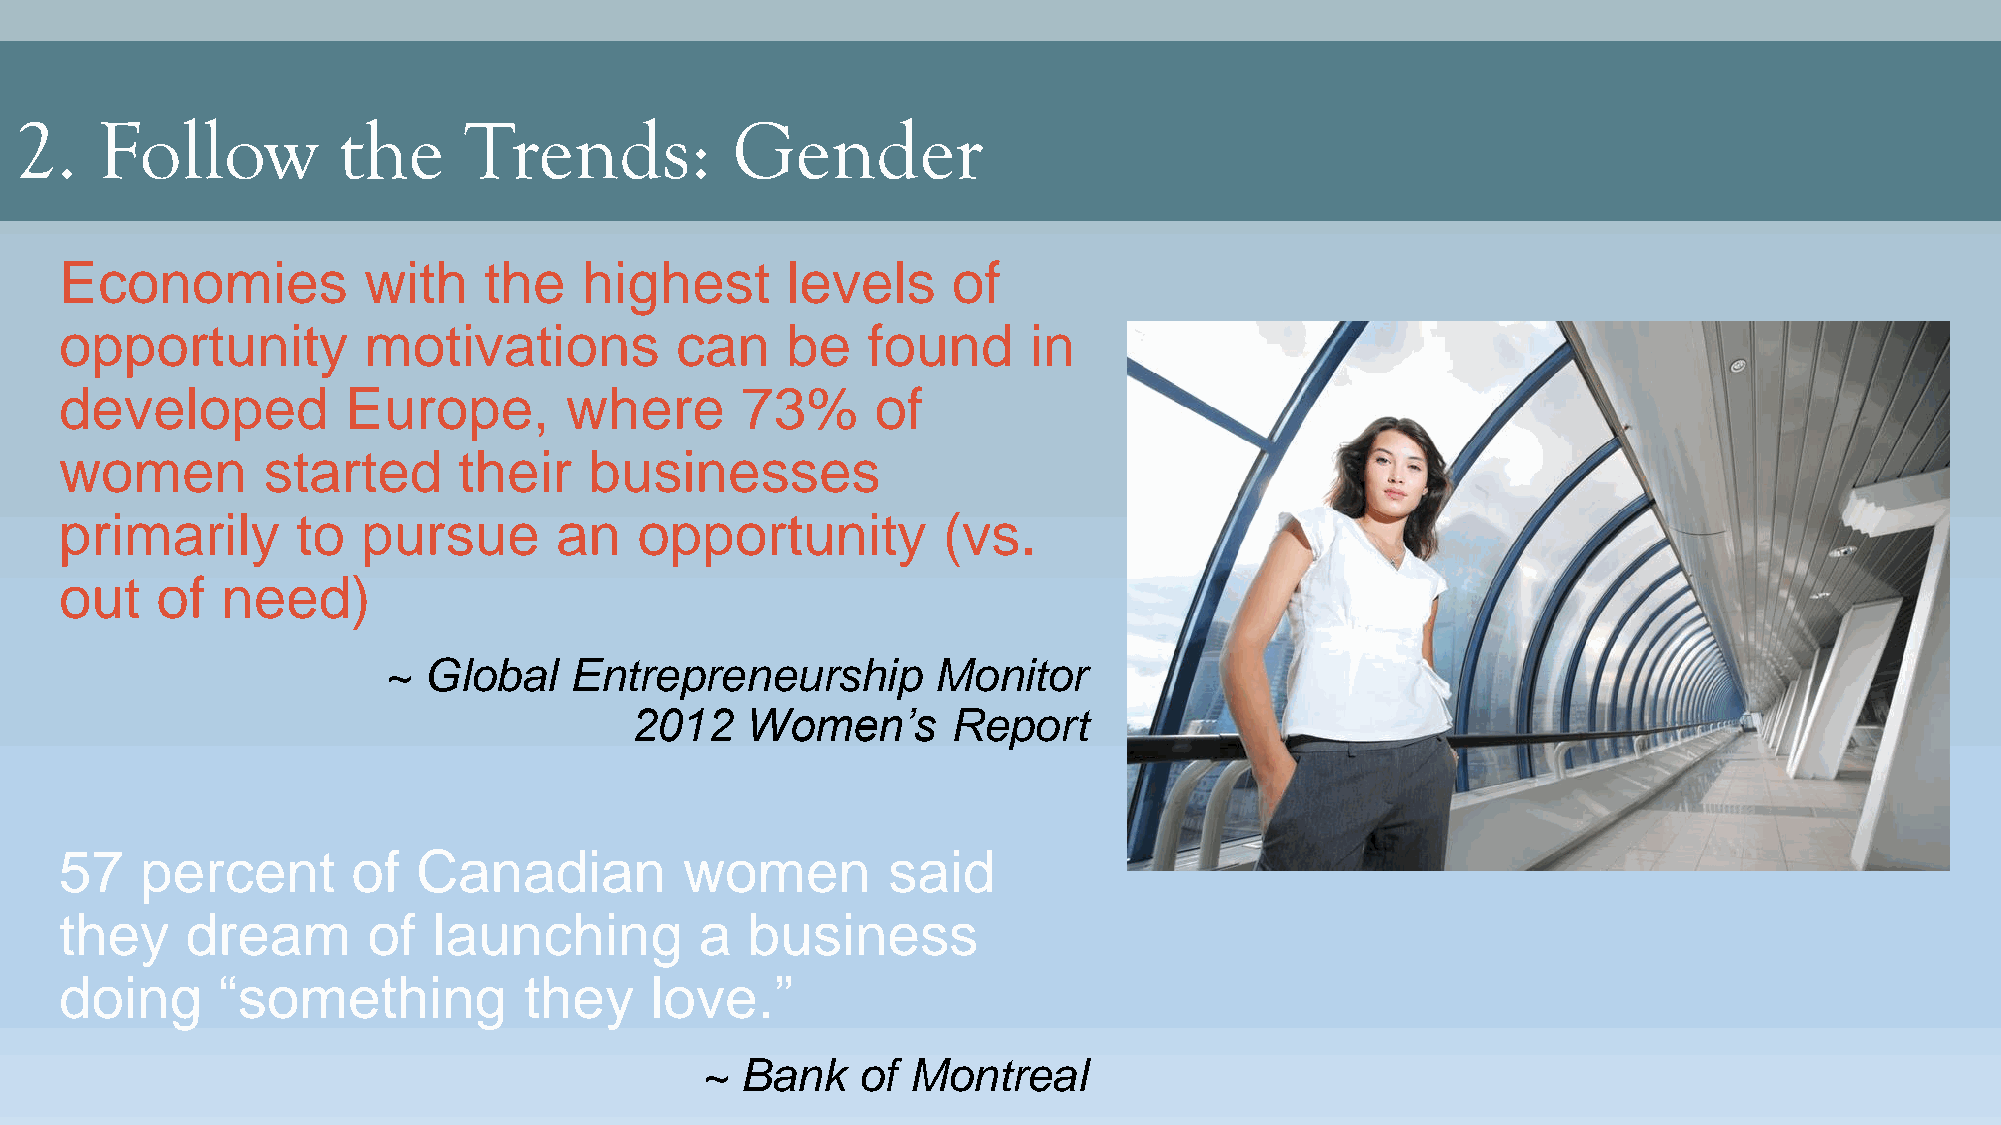
2.   Follow          the      Trends:          Gender
 Economies           with    the   highest       levels     of
 opportunity         motivations          can    be   found      in
 developed          Europe,       where       73%      of
 women        started      their    businesses
 primarily       to  pursue       an   opportunity         (vs.
 out   of   need)
 ~  Global    Entrepreneurship        Monitor
 2012   Women’s       Report
 57   percent       of   Canadian         women         said
 they    dream       of   launching        a  business
 doing     “something           they    love.”
 ~  Bank    of Montreal